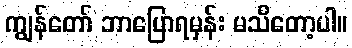
ကျွန်တော် ဘာပြောရမှန်း မသိတော့ပါ။